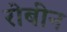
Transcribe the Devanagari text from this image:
रोबीन